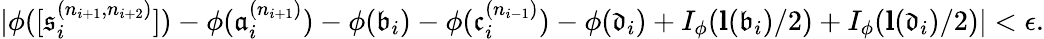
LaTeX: |\phi([\mathfrak{s}_{i}^{(n_{i+1},n_{i+2})}])-\phi(\mathfrak{a}_{i}^{(n_{i+1})})-\phi(\mathfrak{b}_{i})-\phi(\mathfrak{c}_{i}^{(n_{i-1})})-\phi(\mathfrak{d}_{i})+I_{\phi}(\mathbf{{l}}(\mathfrak{b}_{i})/2)+I_{\phi}(\mathbf{{l}}(\mathfrak{d}_{i})/2)|<\epsilon.